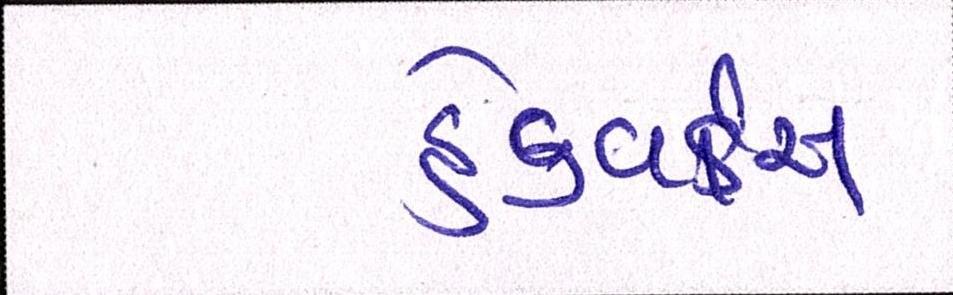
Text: હેડવર્કસ